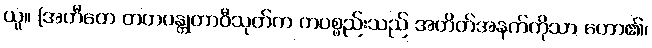
ယူ။ [အတီတေ တတဝန္တုတာဝီသုတ်က တပစ္စည်းသည် အတိတ်အနက်ကိုသာ ဟော၏၊